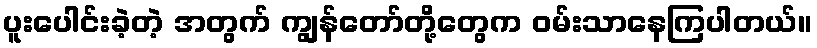
ပူးပေါင်းခဲ့တဲ့ အတွက် ကျွန်တော်တို့တွေက ဝမ်းသာနေကြပါတယ်။